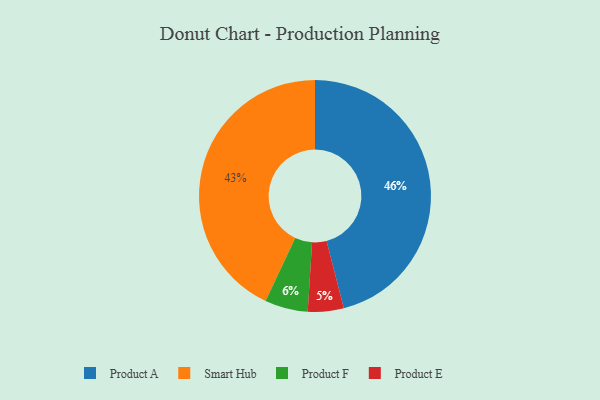
{"axis": {"x": "Category", "y": "Percentage"}, "legend": ["Product A", "Product E", "Product F", "Smart Hub"], "data": [{"x": "Product E", "y": 5, "type": "Product E"}, {"x": "Product F", "y": 6, "type": "Product F"}, {"x": "Smart Hub", "y": 43, "type": "Smart Hub"}, {"x": "Product A", "y": 46, "type": "Product A"}]}